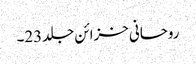
روحانی خزائن جلد23۔